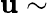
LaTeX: \mathbf{u}\sim